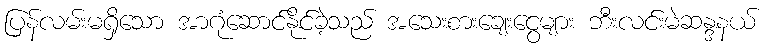
ပြန်လမ်းမရှိသော အာဂုံဆောင်နိုင်ခဲ့သည် အသေးစားချေးငွေများ ဘီးလင်းမဲဆန္ဒနယ်